Lunatic asylums Punjab 1881-1894 - 1881-1894
Year: 1881
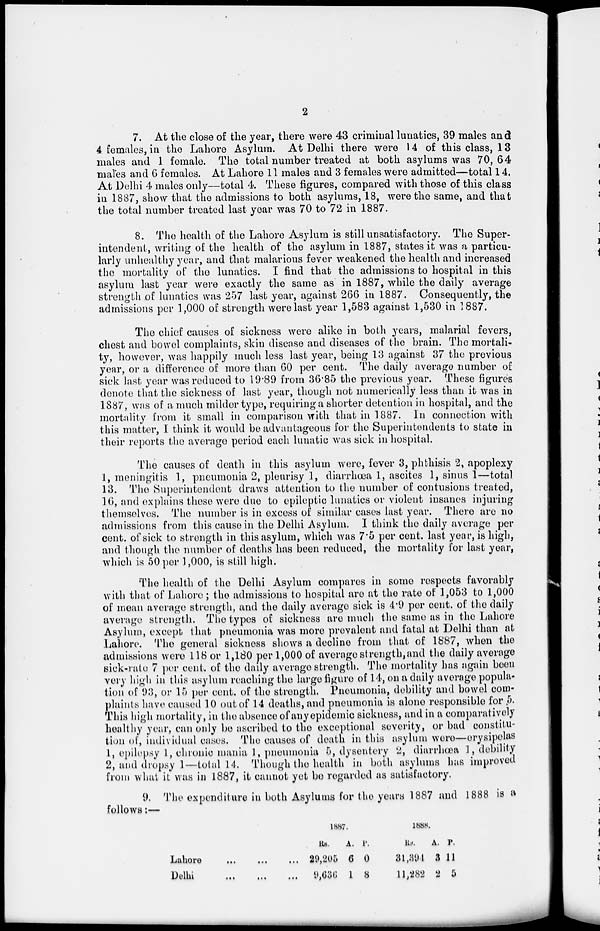
2
7. At the close of the year, there were 43 criminal lunatics, 39 males and
4 females, in the Lahore Asylum. At Delhi there were 14 of this class, 13
males and 1 female. The total number treated at both asylums was 70,64
males and 6 females. At Lahore 11 males and 3 females were admitted—total 14.
At Delhi 4 males only—total 4. These figures, compared with those of this class
in 1887, show that the admissions to both asylums, 18, were the same, and that
the total number treated last year was 70 to 72 in 1887.
8. The health of the Lahore Asylum is still unsatisfactory. The Super-
intendent, writing of the health of the asylum in 1887, states it was a particu-
larly unhealthy year, and that malarious fever weakened the health and increased
the mortality of the lunatics. I find that the admissions to hospital in this
asylum last year were exactly the same as in 1887, while the daily average
strength of lunatics was 257 last year, against 266 in 1887. Consequently, the
admissions per 1,000 of strength were last year 1,583 against 1,530 in 1887.
The chief causes of sickness were alike in both years, malarial fevers,
chest and bowel complaints, skin disease and diseases of the brain. The mortali-
ty, however, was happily much less last year, being 13 against 37 the previous
year, or a difference of more than 60 per cent. The daily average number of
sick last year was reduced to 19.89 from 36.85 the previous year. These figures
denote that the sickness of last year, though not numerically less than it was in
1887, was of a much milder type, requiring a shorter detention in hospital, and the
mortality from it small in comparison with that in 1887. In connection with
this matter, I think it would be advantageous for the Superintendents to state in
their reports the average period each lunatic was sick in hospital.
The causes of death in this asylum were, fever 3, phthisis 2, apoplexy
1, meningitis 1, pneumonia 2, pleurisy 1, diarrhœa 1, ascites 1, sinus 1—total
13. The Superintendent draws attention to the number of contusions treated,
16, and explains these were due to epileptic lunatics or violent insanes injuring
themselves. The number is in excess of similar cases last year. There are no
admissions from this cause in the Delhi Asylum, I think the daily average per
cent, of sick to strength in this asylum, which was 7.5 per cent. last year, is high,
and though the number of deaths has been reduced, the mortality for last year,
which is 50 per 1,000, is still high.
The health of the Delhi Asylum compares in some respects favorably
with that of Lahore ; the admissions to hospital are at the rate of 1,053 to 1,000
of mean average strength, and the daily average sick is 4.9 per cent. of the daily
average strength. The types of sickness are much the same as in the Lahore
Asylum, except that pneumonia was more prevalent and fatal at Delhi than at
Lahore. The general sickness shows a decline from that of 1887, when the
admissions were 118 or 1,180 per 1,000 of average strength,and the daily average
sick-rate 7 per cent. of the daily average strength. The mortality has again been
very high in this asylum reaching the large figure of 14, on a daily average popula-
tion of 93, or 15 per cent. of the strength. Pneumonia, debility and bowel com-
plaints have caused 10 out of 14 deaths, and pneumonia is alone responsible for .5.
This high mortality, in the absence of any epidemic sickness, and in a comparatively
healthy year, can only be ascribed to the exceptional severity, or bad constitu-
tion of, individual cases. The causes of death in this asylum were—erysipelas
1, epilepsy 1, chronic mania 1, pneumonia 5, dysentery 2, diarrhœa 1, debility
2, and dropsy 1—total 14. Though the health in both asylums has improved
from what it was in 1887, it cannot yet be regarded as satisfactory.
9. The expenditure in both Asylums for the years 1887 and 1888 is a
follows:—
Lahore
...
...
...
Delhi
...
...
...
1887.
Rs.
29,205
9,636
A.
0
1
P.
0
8
1888.
Rs.
31,394
11,282
A.
3
2
P.
11
5